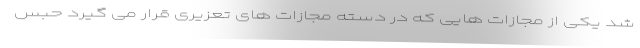
شد یکی از مجازات هایی که در دسته مجازات های تعزیری قرار می گیرد حبس